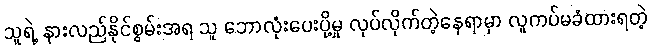
သူရဲ့ နားလည်နိုင်စွမ်းအရ သူ ဘောလုံးပေးပို့မှု လုပ်လိုက်တဲ့နေရာမှာ လူကပ်မခံထားရတဲ့